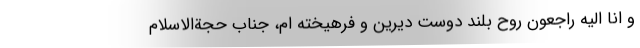
و انا الیه راجعون روح بلند دوست دیرین و فرهیخته ام، جناب حجةالاسلام